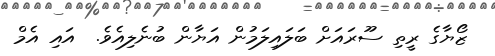
ޒޯޔާގެ ރީތި ސޫރައަށް ބަލައިލަމުން އަޔާން ބުނެލިއެވެ.  އައި އެމް